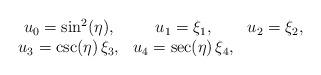
LaTeX: \begin{align*}\begin{array}{ccc}u_0 = \sin^2(\eta), & u_1=\xi_1, & u_2 =\xi_2, \\u_3 = \csc(\eta)\, \xi_3, & u_4 = \sec(\eta)\, \xi_4, & \end{array}\end{align*}